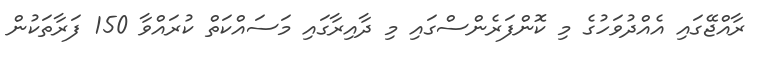
ރާއްޖޭގައި އެއްދުވަހުގެ މި ކޮންފަރެންސްގައި މި ދާއިރާގައި މަސައްކަތް ކުރައްވާ 150 ފަރާތަކުން